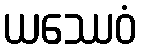
ယဿေဝံ